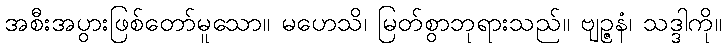
အစီးအပွားဖြစ်တော်မူသော။ မဟေသိ၊ မြတ်စွာဘုရားသည်။ ဗျဉ္ဇနံ၊ သဒ္ဒါကို။